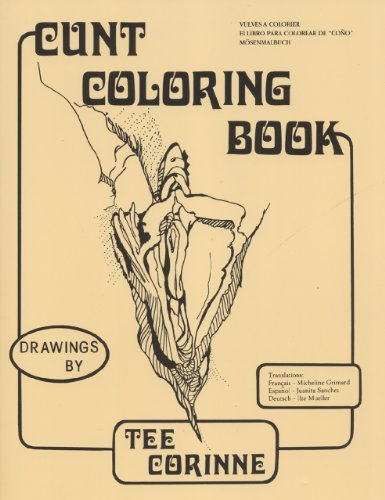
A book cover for Cunt Coloring Book; Tee Corinne; Humor & Entertainment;